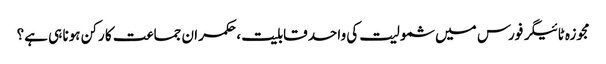
مجوزہ ٹائیگر فورس میں شمولیت کی واحد قابلیت ، حکمران جماعت کا رکن ہونا ہی ہے؟